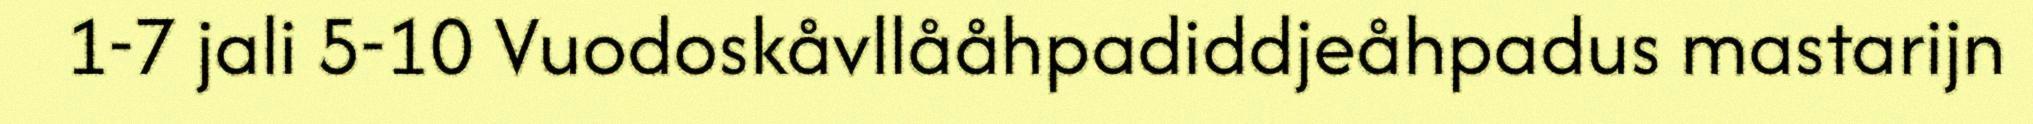
1-7 jali 5-10 Vuodoskåvllååhpadiddjeåhpadus mastarijn